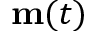
\mathbf m ( t )